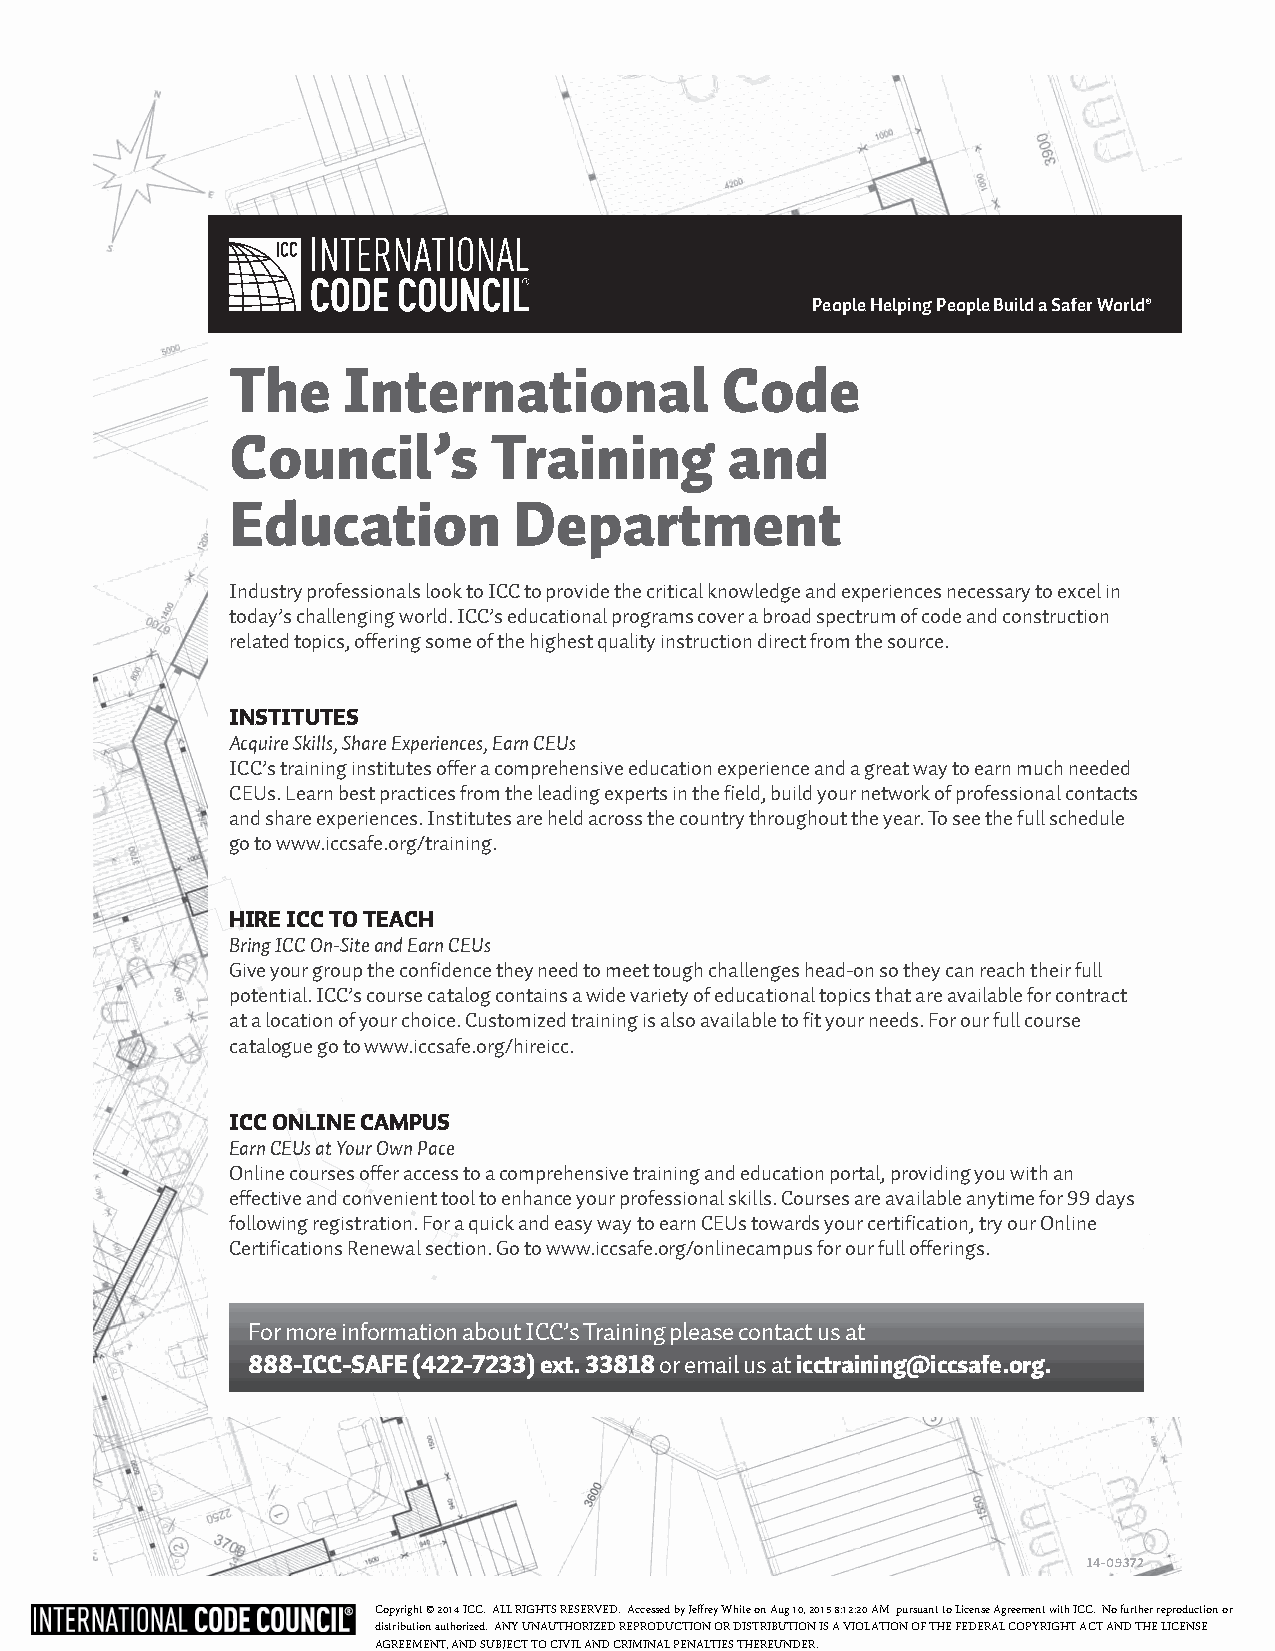
People Helping People Build a Safer World®
 The     International            Code
 Council’s         Training       and
 Education          Department
 Industry professionals look to ICC to provide the critical knowledge and experiences necessary to excel in
 today’s challenging world. ICC’s educational programs cover a broad spectrum of code and construction
 related topics, offering some of the highest quality instruction direct from the source.
 INSTITUTES
 Acquire Skills, Share Experiences, Earn CEUs
 ICC’s training institutes offer a comprehensive education experience and a great way to earn much needed
 CEUs. Learn best practices from the leading experts in the field, build your network of professional contacts
 and share experiences. Institutes are held across the country throughout the year. To see the full schedule
 go to www.iccsafe.org/training.
 HIRE ICC TO TEACH
 Bring ICC On-Site and Earn CEUs
 Give your group the confidence they need to meet tough challenges head-on so they can reach their full
 potential. ICC’s course catalog contains a wide variety of educational topics that are available for contract
 at a location of your choice. Customized training is also available to fit your needs. For our full course
 catalogue go to www.iccsafe.org/hireicc.
 ICC ONlINE CAmpUS
 Earn CEUs at Your Own Pace
 Online courses offer access to a comprehensive training and education portal, providing you with an
 effective and convenient tool to enhance your professional skills. Courses are available anytime for 99 days
 following registration. For a quick and easy way to earn CEUs towards your certification, try our Online
 Certifications Renewal section. Go to www.iccsafe.org/onlinecampus for our full offerings.
 For more information about ICC’s Training please contact us at
 888-ICC-SAFE (422-7233) ext. 33818 or email us at icctraining@iccsafe.org.
 14-09372
 Copyright © 2014 ICC. ALL RIGHTS RESERVED. Accessed by Jeffrey White on Aug 10, 2015 8:12:20 AM pursuant to License Agreement with ICC. No further reproduction or
 distribution authorized. ANY UNAUTHORIZED REPRODUCTION OR DISTRIBUTION IS A VIOLATION OF THE FEDERAL COPYRIGHT ACT AND THE LICENSE
 AGREEMENT, AND SUBJECT TO CIVIL AND CRIMINAL PENALTIES THEREUNDER.